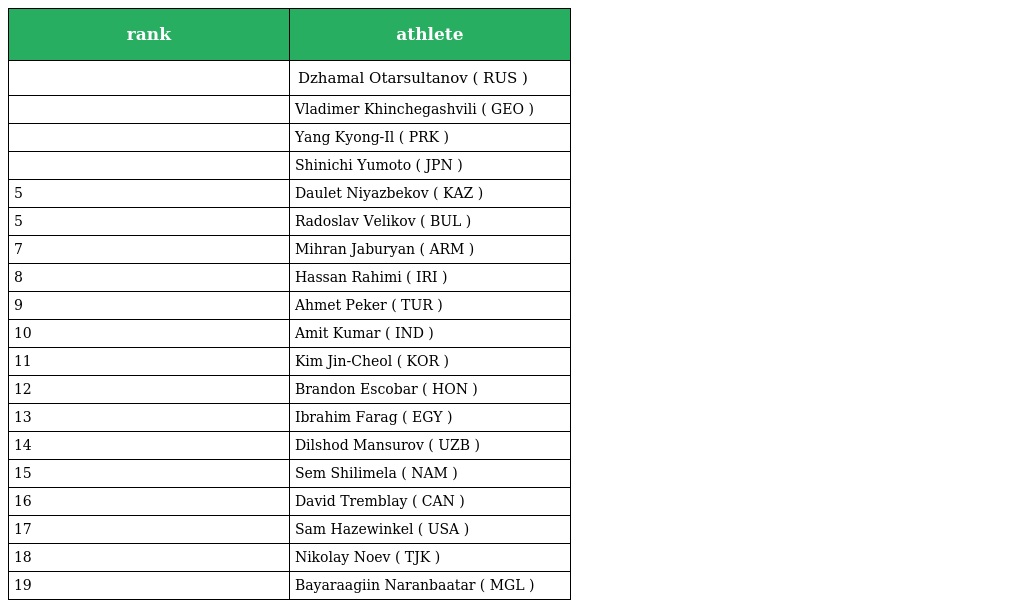
| rank | athlete |
 | --- | --- |
 |  | Dzhamal Otarsultanov ( RUS ) |
 |  | Vladimer Khinchegashvili ( GEO ) |
 |  | Yang Kyong-Il ( PRK ) |
 |  | Shinichi Yumoto ( JPN ) |
 | 5 | Daulet Niyazbekov ( KAZ ) |
 | 5 | Radoslav Velikov ( BUL ) |
 | 7 | Mihran Jaburyan ( ARM ) |
 | 8 | Hassan Rahimi ( IRI ) |
 | 9 | Ahmet Peker ( TUR ) |
 | 10 | Amit Kumar ( IND ) |
 | 11 | Kim Jin-Cheol ( KOR ) |
 | 12 | Brandon Escobar ( HON ) |
 | 13 | Ibrahim Farag ( EGY ) |
 | 14 | Dilshod Mansurov ( UZB ) |
 | 15 | Sem Shilimela ( NAM ) |
 | 16 | David Tremblay ( CAN ) |
 | 17 | Sam Hazewinkel ( USA ) |
 | 18 | Nikolay Noev ( TJK ) |
 | 19 | Bayaraagiin Naranbaatar ( MGL ) |